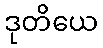
ဒုတိယေ